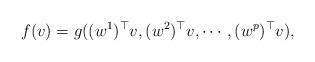
LaTeX: \begin{align*}f(v)=g((w^1)^{\top}v, (w^2)^{\top}v, \cdots, (w^p)^{\top}v),\end{align*}